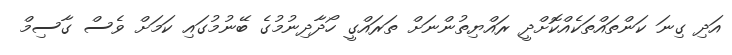
އަދި ގިނަ ކަންތައްތަކެއްކޮށްދީ ރައްޔިތުންނަށް ތަރައްގީ ހޯދާދިނުމުގެ ބޭނުމުގައި ކަމަށް ވެސް ގާސިމް